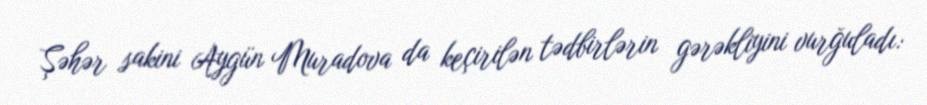
Şəhər sakini Aygün Muradova da keçirilən tədbirlərin gərəkliyini vurğuladı: